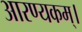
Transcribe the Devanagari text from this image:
आरण्यकम्।